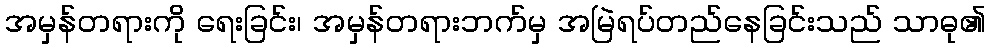
အမှန်တရားကို ရေးခြင်း၊ အမှန်တရားဘက်မှ အမြဲရပ်တည်နေခြင်းသည် သာဓု၏